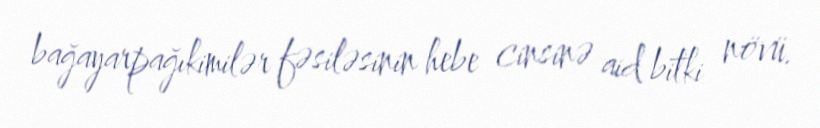
bağayarpağıkimilər fəsiləsinin hebe cinsinə aid bitki növü.